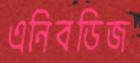
এনিবডিজ